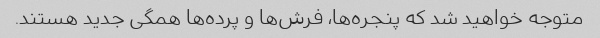
متوجه خواهید شد که پنجره‌ها، فرش‌ها و پرده‌ها همگی جدید هستند.